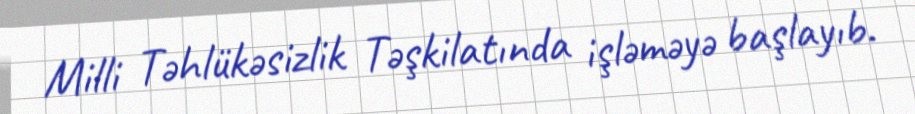
Milli Təhlükəsizlik Təşkilatında işləməyə başlayıb.